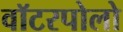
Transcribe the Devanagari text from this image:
वॉटरपोलो